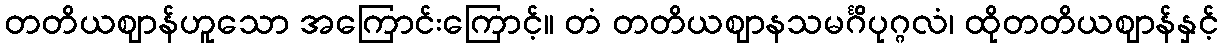
တတိယဈာန်ဟူသော အကြောင်းကြောင့်။ တံ တတိယဈာနသမင်္ဂိပုဂ္ဂလံ၊ ထိုတတိယဈာန်နှင့်